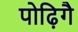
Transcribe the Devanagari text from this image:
पोढ़िगै